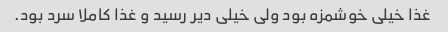
غذا خیلی خوشمزه بود ولی خیلی دیر رسید و غذا کاملا سرد بود.